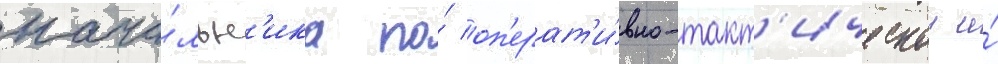
нача́льн'ика по́ оп'ерат'и́вно-такт'ическои и́